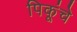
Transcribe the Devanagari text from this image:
पिकूंचे